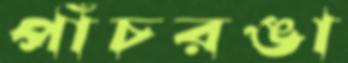
পাঁচরঙা